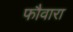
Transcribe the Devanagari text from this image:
फौवारा